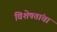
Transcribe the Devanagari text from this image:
विशेषतांचा